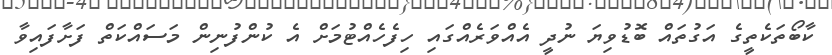
ކާބޯތަކެތީގެ އަގުތައް ބޮޑުވިޔަ ނުދީ އެއްވަރެއްގައި ހިފެހެއްޓުމަށް އެ ކުންފުނިން މަސައްކަތް ފަށާފައިވާ